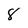
Character: 8